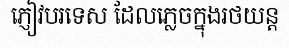
ភ្ញៀវបរទេស ដែលភ្លេចក្នុងរថយន្ត